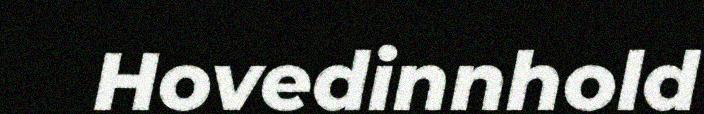
Hovedinnhold